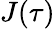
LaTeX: J(\tau)